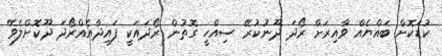
ކުޑަކޮށް ބައްޔެއް ވާއިރަށް ރޯދަ ދޫނުކުރޭ ސިއްހީ ގޮތުން ރޯދައަކީ ފައިދާއެއްރޯދަ ދޫކޮށްލެވޭ